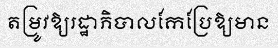
តម្រូវឱ្យរដ្ឋាភិបាលកែប្រែឱ្យមាន